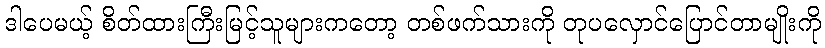
ဒါပေမယ့် စိတ်ထားကြီးမြင့်သူများကတော့ တစ်ဖက်သားကို တုပလှောင်ပြောင်တာမျိုးကို